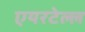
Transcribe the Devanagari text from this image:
एयरटेल्ल